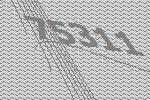
75311